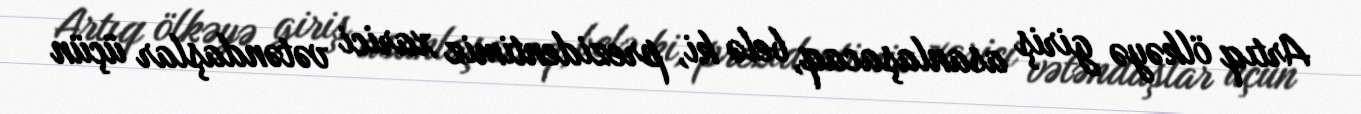
Artıq ölkəyə giriş asanlaşacaq, belə ki, prezidentimiz xarici vətəndaşlar üçün